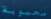
محبوبة